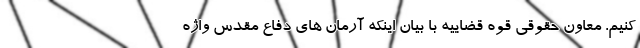
کنیم. معاون حقوقی قوه قضاییه با بیان اینکه آرمان های دفاع مقدس واژه